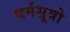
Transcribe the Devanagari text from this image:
धर्मसूत्रो